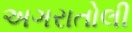
અગરાતોલી